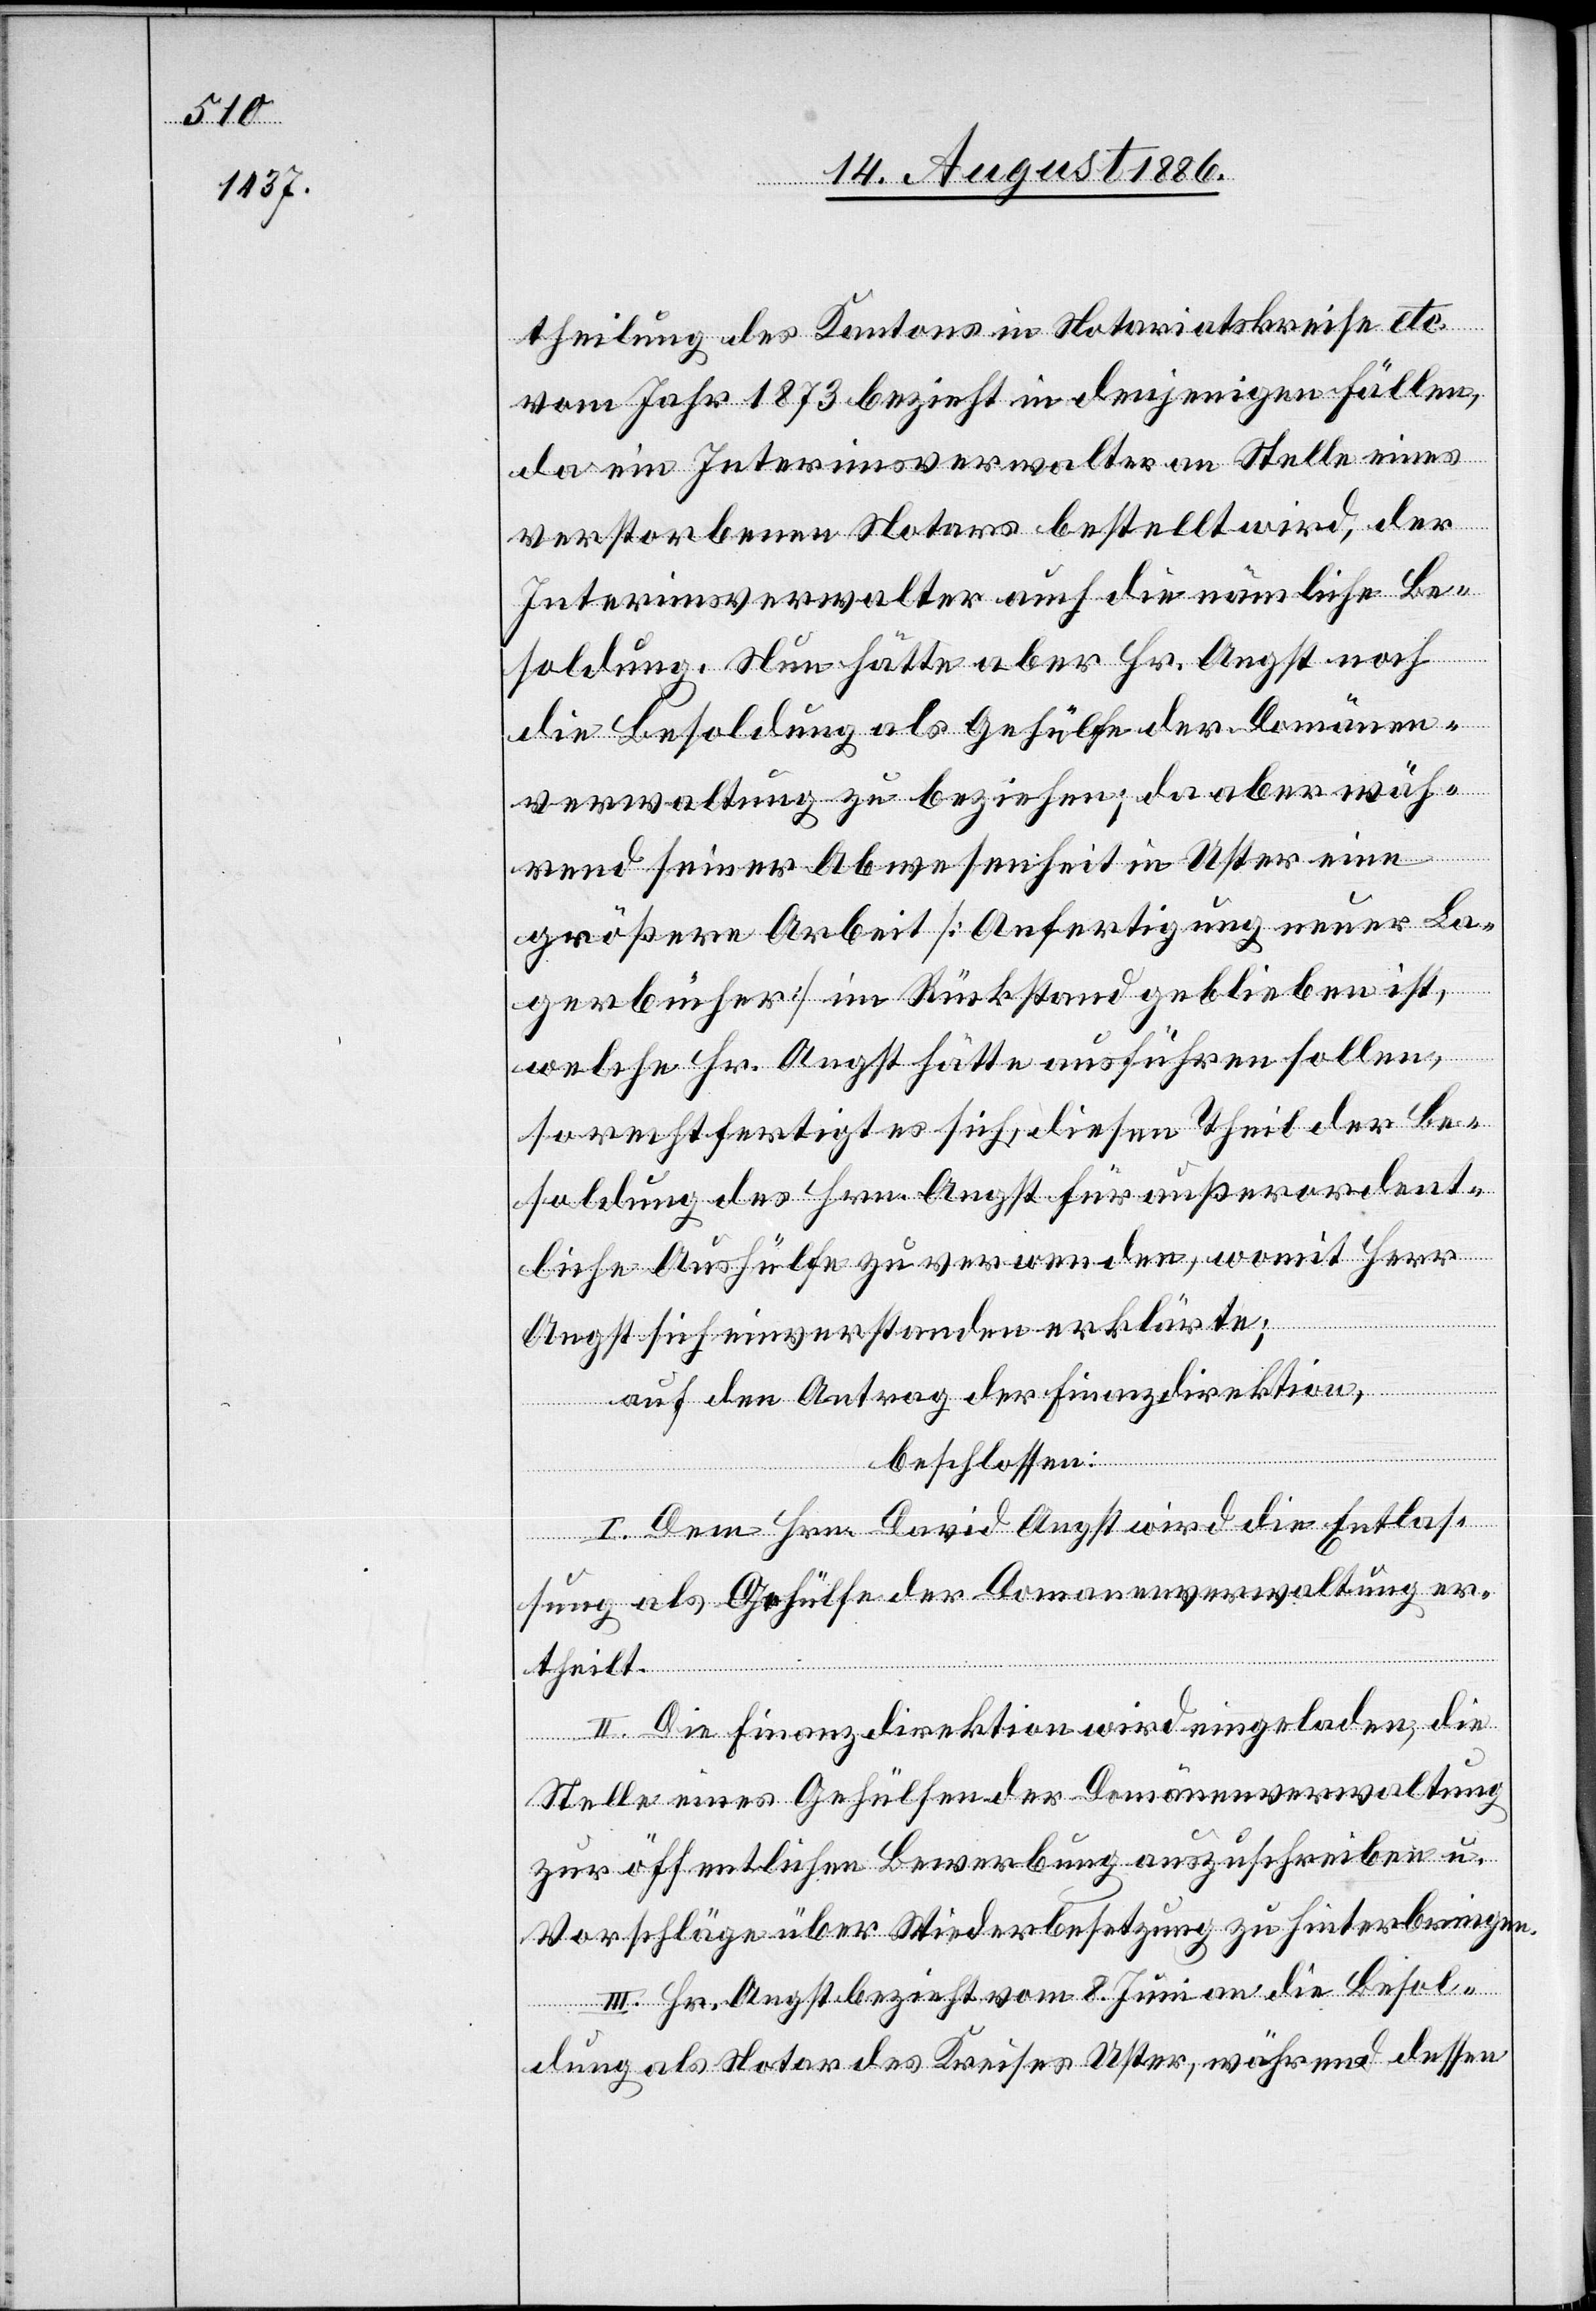
theilung des Kantons in Notariatskreise etc.
vom Jahr 1873 bezieht in denjenigen Fällen,
da ein Interimsverwalter an Stelle eines
verstorbenen Notars bestellt wird, der
Interimsverwalter auch die nämliche Be¬
soldung. Nun hätte aber Hr. Angst noch
die Besoldung als Gehülfe der Domänen¬
verwaltung zu beziehen; da aber wäh¬
rend seiner Abwesenheit in Uster eine
größere Arbeit [Anfertigung neuer La¬
gerbücher] im Rückstand geblieben ist,
welche Hr. Angst hätte ausführen sollen,
so rechtfertigt sich, diesen Theil der Be¬
soldung des Hrn. Angst für außerordent¬
liche Aushülfe zu verwenden, womit Herr
Angst sich einverstanden erklärte;
auf den Antrag der Finanzdirektion,
beschlossen:
I. Dem Hrn. David Angst wird die Entlas¬
sung als Gehülfe der Domänenverwaltung er¬
theilt.
II. Die Finanzdirektion wird eingeladen, die
Stelle eines Gehülfen der Domänenverwaltung
zur öffentlichen Bewerbung auszuschreiben u.
Vorschläge über Wiederbesetzung zu hinterbringen.
III. Hr. Angst bezieht vom 8. Juni an die Besol¬
dung als Notar des Kreises Uster, während dessen